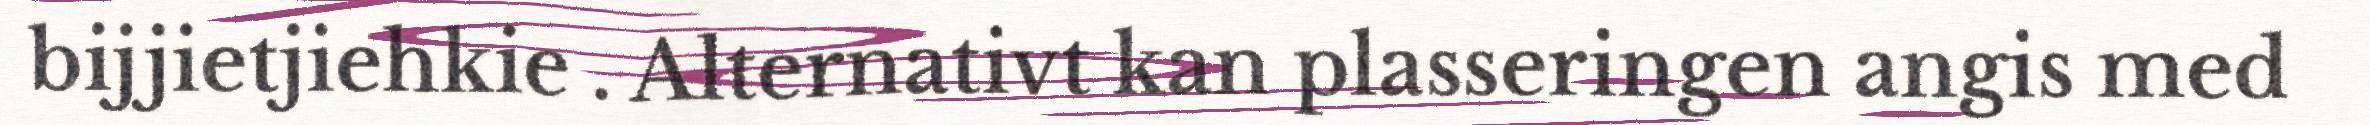
bijjietjiehkie . Alternativt kan plasseringen angis med